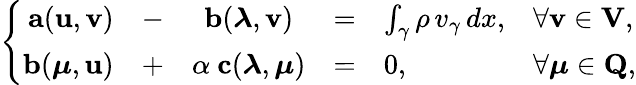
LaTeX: \left\{ \begin{array}{rcccll}{{\mathbf a}({\mathbf u},{\mathbf v})}&{-}&{{\mathbf b}(\boldsymbol\lambda,{\mathbf v})}&{=}&{\int_{\gamma}\rho\, v_{\gamma}\, dx,}&{\forall{\mathbf v}\in{\mathbf V},}\\ {{\mathbf b}(\boldsymbol\mu,{\mathbf u})}&{+}&{\alpha\ {\mathbf c}(\boldsymbol\lambda,\boldsymbol\mu)}&{=}&{0,}&{\forall\boldsymbol\mu\in{\mathbf Q},}\end{array}\right.